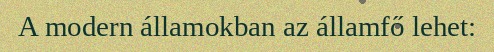
A modern államokban az államfő lehet: